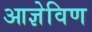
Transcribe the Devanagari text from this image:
आज्ञेविण